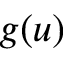
g ( u )